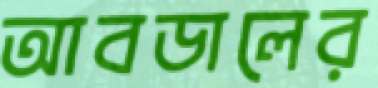
আবডালের